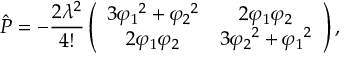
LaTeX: \hat { P } = - \frac { 2 \lambda ^ { 2 } } { 4 ! } \left( \begin{array} { c c } { { 3 { \varphi _ { 1 } } ^ { 2 } + { \varphi _ { 2 } } ^ { 2 } } } & { { 2 { \varphi _ { 1 } } { \varphi _ { 2 } } } } \\ { { 2 { \varphi _ { 1 } } { \varphi _ { 2 } } } } & { { 3 { \varphi _ { 2 } } ^ { 2 } + { \varphi _ { 1 } } ^ { 2 } } } \end{array} \right) ,